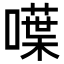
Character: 𠿚